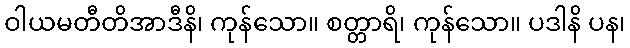
ဝါယမတီတိအာဒီနိ၊ ကုန်သော။ စတ္တာရိ၊ ကုန်သော။ ပဒါနိ ပန၊